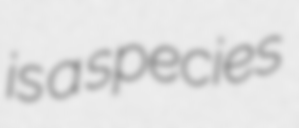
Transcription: is a species